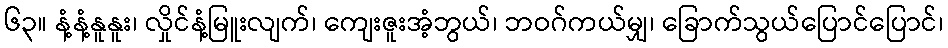
၆၃။ နံ့နံ့နူနူး၊ လှိုင်နံ့မြူးလျက်၊ ကျေးဇူးအံ့ဘွယ်၊ ဘဝဂ်ကယ်မျှ၊ ခြောက်သွယ်ပြောင်ပြောင်၊